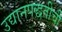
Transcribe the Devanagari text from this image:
उद्यानपद्धतीची